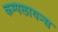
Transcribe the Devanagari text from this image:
कम्पलायन्स